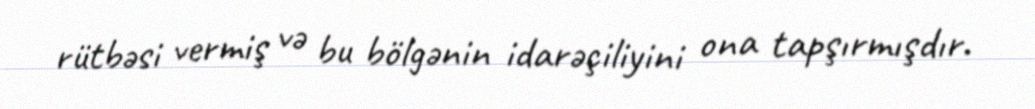
rütbəsi vermiş və bu bölgənin idarəçiliyini ona tapşırmışdır.